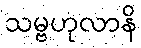
သမ္ဗဟုလာနိ